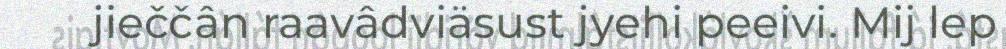
jieččân raavâdviäsust jyehi peeivi. Mij lep